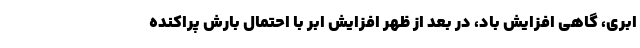
ابری، گاهی افزایش باد، در بعد از ظهر افزایش ابر با احتمال بارش پراکنده